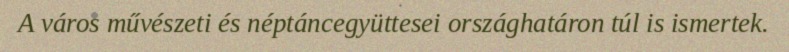
A város művészeti és néptáncegyüttesei országhatáron túl is ismertek.